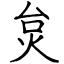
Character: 炱